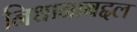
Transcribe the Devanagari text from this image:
निधानाबद्दल